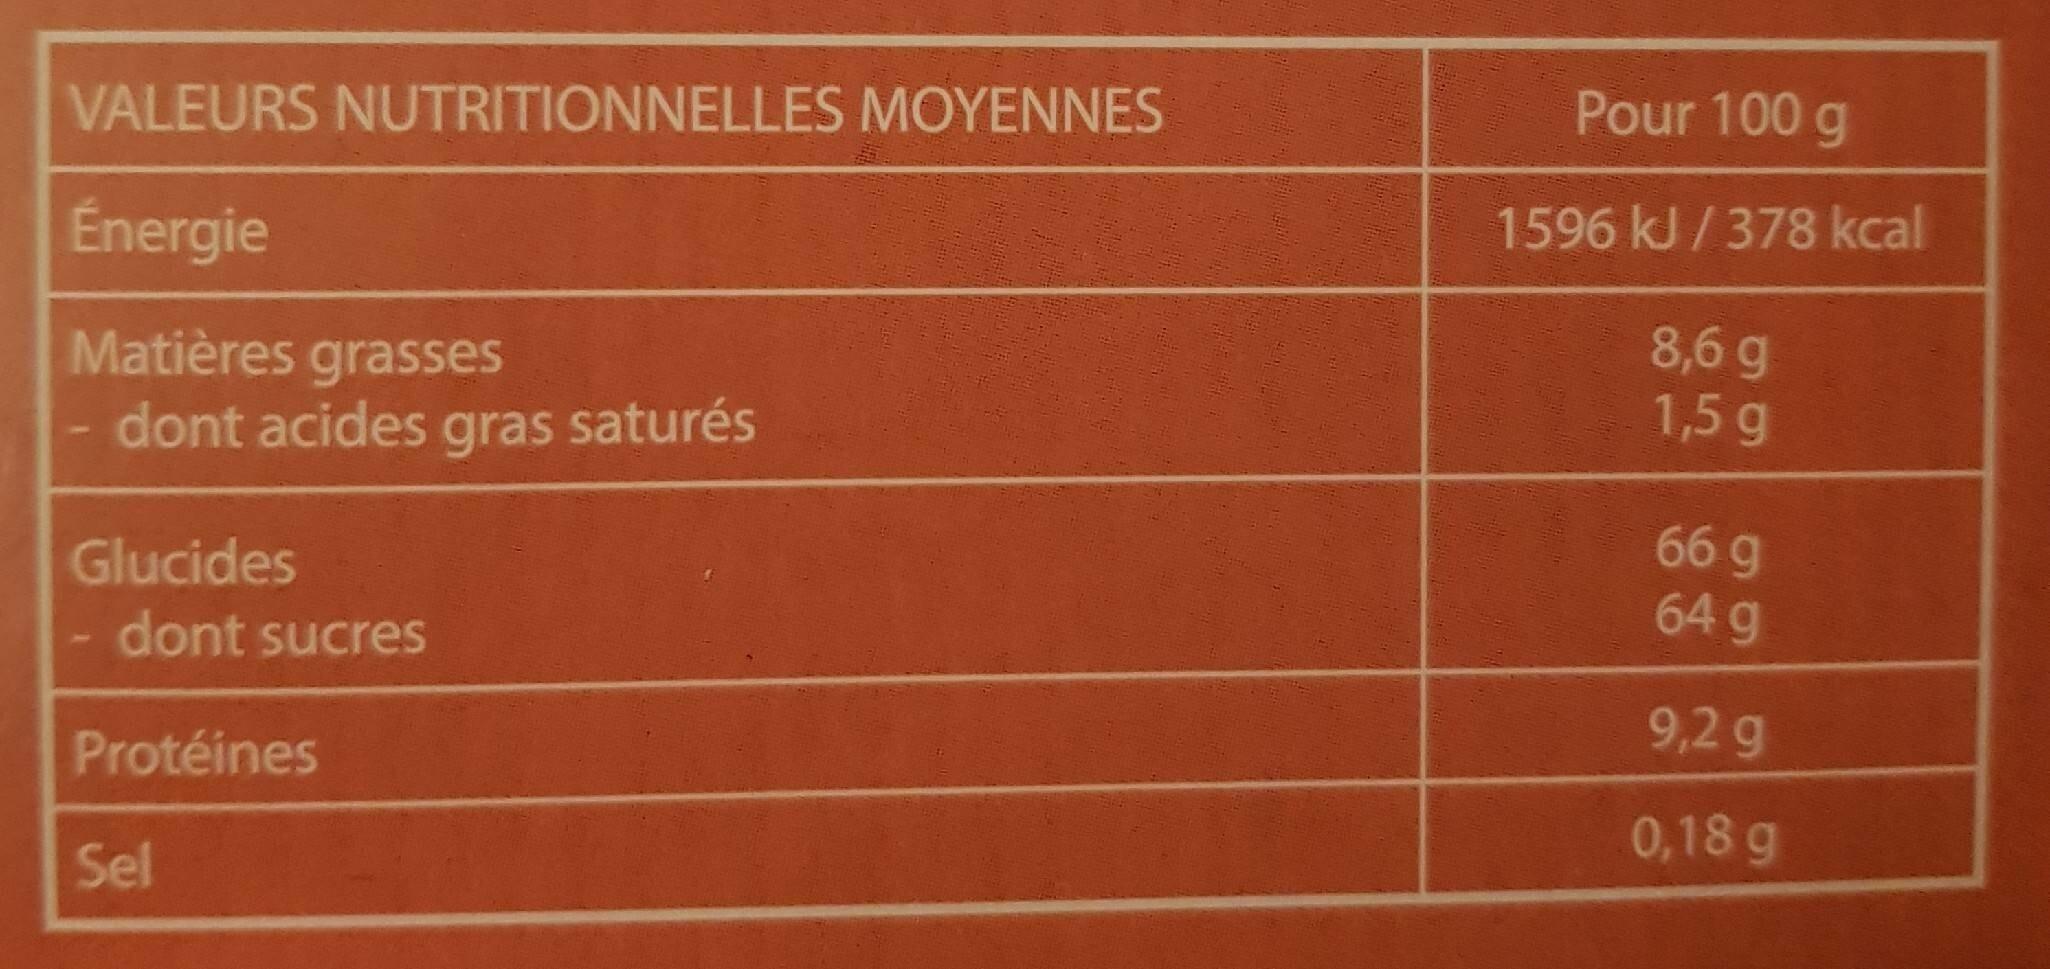
VALEURS NUTRITIONNELLES MOYENNES
Énergie
Matières grasses
dont acides gras saturés
Glucides
dont sucres
Protéines
Sel
Pour 100 g
1596 kJ/378 kcal
8,6 g
1,5 g
66 g
64 g
9,2 g
0,18 g